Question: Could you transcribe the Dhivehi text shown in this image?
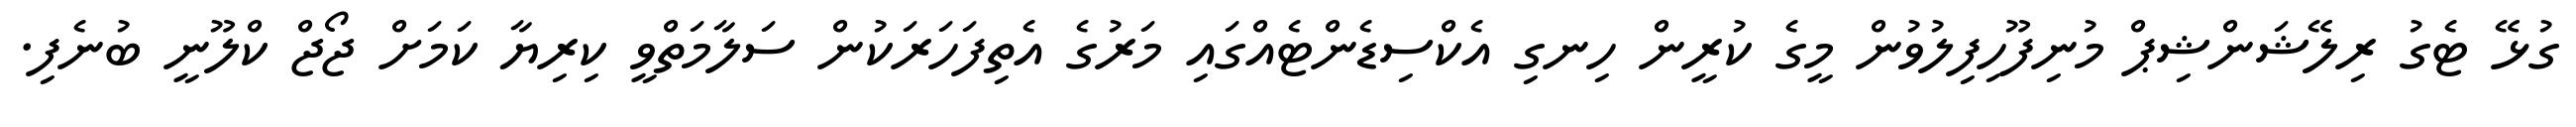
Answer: ގުޅޭ ޓެގު ރިލޭޝަންޝިޕް މުނިފޫހިފިލުވުން މީގެ ކުރީން ހިނގި އެކްސިޑެންޓެއްގައި މަރުގެ އެތިފަހަރަކުން ސަލާމަތްވީ ކިރިޔާ ކަމަށް ޖޯޖް ކްލޫނީ ބުނެފި.